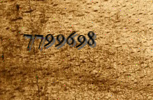
7799698